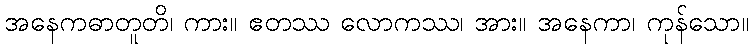
အနေကဓာတူတိ၊ ကား။ ဧတဿ လောကဿ၊ အား။ အနေကာ၊ ကုန်သော။